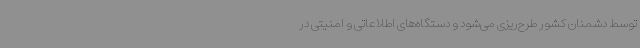
توسط دشمنان کشور طرح‌ریزی می‌شود و دستگاه‌های اطلاعاتی و امنیتی در